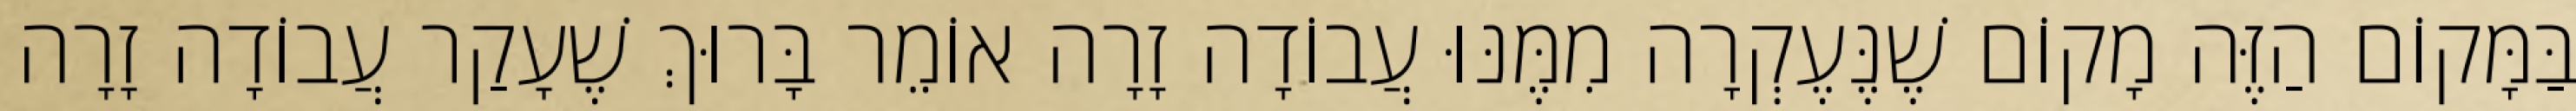
בַּמָּקוֹם הַזֶּה מָקוֹם שֶׁנֶּעֶקְרָה מִמֶּנּוּ עֲבוֹדָה זָרָה אוֹמֵר בָּרוּךְ שֶׁעָקַר עֲבוֹדָה זָרָה